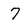
Character: 7